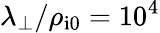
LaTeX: \lambda_{\perp}/\rho_{\mathrm{i0}}=10^{4}